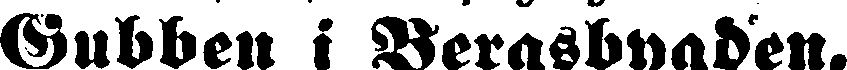
Gubben i Bergsbygden,